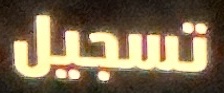
تسجيل